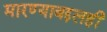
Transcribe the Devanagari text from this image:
मारण्याबद्दलही